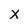
Character: x